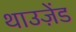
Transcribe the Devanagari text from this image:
थाउज़ेंड